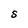
Character: S